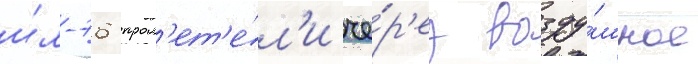
и́л-76 прол'ет'е́л'и че́р'ез возду́шное